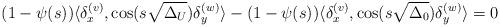
LaTeX: \begin{align*}(1-\psi(s))\langle\delta_x^{(v)},\cos(s\sqrt{\Delta_U})\delta_y^{(w)}\rangle-(1-\psi(s))\langle\delta_x^{(v)},\cos(s\sqrt{\Delta_0})\delta_y^{(w)}\rangle=0\end{align*}